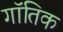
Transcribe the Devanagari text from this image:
गॉतिक